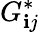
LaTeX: G_{\mathbf{i}j}^{*}